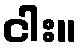
ငါး။